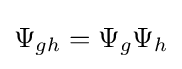
\Psi _{gh}=\Psi _{g}\Psi _{h}